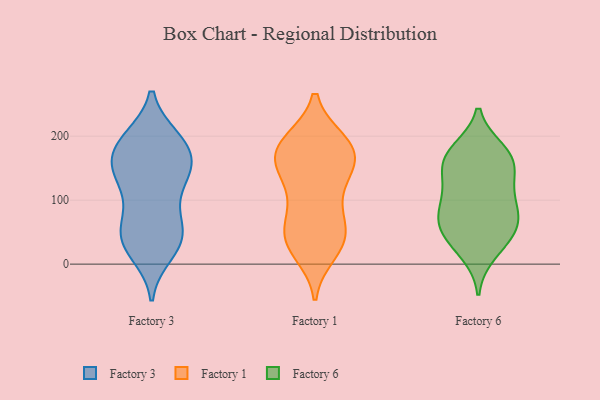
{"axis": {"x": "Revenue (USD Million)", "y": "Value"}, "legend": ["Factory 1", "Factory 3", "Factory 6"], "data": [{"x": "", "y": 51, "type": "Factory 3"}, {"x": "", "y": 30, "type": "Factory 3"}, {"x": "", "y": 147, "type": "Factory 3"}, {"x": "", "y": 135, "type": "Factory 3"}, {"x": "", "y": 146, "type": "Factory 3"}, {"x": "", "y": 186, "type": "Factory 3"}, {"x": "", "y": 88, "type": "Factory 3"}, {"x": "", "y": 74, "type": "Factory 3"}, {"x": "", "y": 182, "type": "Factory 3"}, {"x": "", "y": 38, "type": "Factory 3"}, {"x": "", "y": 128, "type": "Factory 3"}, {"x": "", "y": 194, "type": "Factory 3"}, {"x": "", "y": 39, "type": "Factory 3"}, {"x": "", "y": 195, "type": "Factory 3"}, {"x": "", "y": 155, "type": "Factory 3"}, {"x": "", "y": 149, "type": "Factory 3"}, {"x": "", "y": 18, "type": "Factory 3"}, {"x": "", "y": 189, "type": "Factory 3"}, {"x": "", "y": 45, "type": "Factory 3"}, {"x": "", "y": 35, "type": "Factory 1"}, {"x": "", "y": 164, "type": "Factory 1"}, {"x": "", "y": 38, "type": "Factory 1"}, {"x": "", "y": 34, "type": "Factory 1"}, {"x": "", "y": 155, "type": "Factory 1"}, {"x": "", "y": 19, "type": "Factory 1"}, {"x": "", "y": 80, "type": "Factory 1"}, {"x": "", "y": 54, "type": "Factory 1"}, {"x": "", "y": 190, "type": "Factory 1"}, {"x": "", "y": 163, "type": "Factory 1"}, {"x": "", "y": 170, "type": "Factory 1"}, {"x": "", "y": 84, "type": "Factory 1"}, {"x": "", "y": 156, "type": "Factory 1"}, {"x": "", "y": 118, "type": "Factory 1"}, {"x": "", "y": 189, "type": "Factory 1"}, {"x": "", "y": 188, "type": "Factory 1"}, {"x": "", "y": 128, "type": "Factory 1"}, {"x": "", "y": 191, "type": "Factory 1"}, {"x": "", "y": 41, "type": "Factory 1"}, {"x": "", "y": 93, "type": "Factory 6"}, {"x": "", "y": 55, "type": "Factory 6"}, {"x": "", "y": 151, "type": "Factory 6"}, {"x": "", "y": 86, "type": "Factory 6"}, {"x": "", "y": 163, "type": "Factory 6"}, {"x": "", "y": 120, "type": "Factory 6"}, {"x": "", "y": 166, "type": "Factory 6"}, {"x": "", "y": 73, "type": "Factory 6"}, {"x": "", "y": 18, "type": "Factory 6"}, {"x": "", "y": 47, "type": "Factory 6"}, {"x": "", "y": 38, "type": "Factory 6"}, {"x": "", "y": 70, "type": "Factory 6"}, {"x": "", "y": 125, "type": "Factory 6"}, {"x": "", "y": 171, "type": "Factory 6"}, {"x": "", "y": 177, "type": "Factory 6"}]}